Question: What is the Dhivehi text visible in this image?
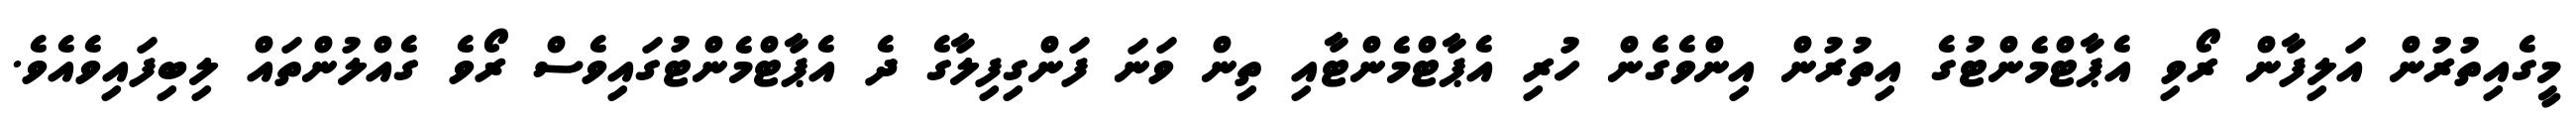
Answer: މީގެއިތުރުން އަލިފާން ރޯވި އެޕާޓްމެންޓުގެ އިތުރުން އިންވެގެން ހުރި އެޕާޓްމެންޓާއި ތިން ވަނަ ފަންގިފިލާގެ ދެ އެޕާޓްމެންޓުގައިވެސް ރޯވެ ގެއްލުންތައް ލިބިފައިވެއެވެ.